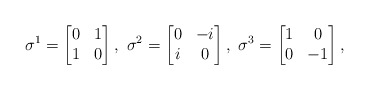
\begin{align*}\sigma^1 = \begin{bmatrix} 0 & 1 \\ 1 & 0 \end{bmatrix}, \ \sigma^2 = \begin{bmatrix} 0 & -i \\ i & 0 \end{bmatrix}, \ \sigma^3=\begin{bmatrix} 1 & 0 \\ 0 & -1 \end{bmatrix},\end{align*}